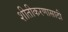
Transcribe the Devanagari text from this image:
शीतीकरणासाठी